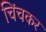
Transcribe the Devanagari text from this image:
चिंचकर